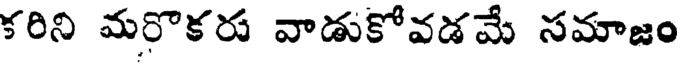
కరిని మరొకరు వాడుకోవడమే సమాజం